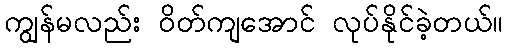
ကျွန်မလည်း ဝိတ်ကျအောင် လုပ်နိုင်ခဲ့တယ်။